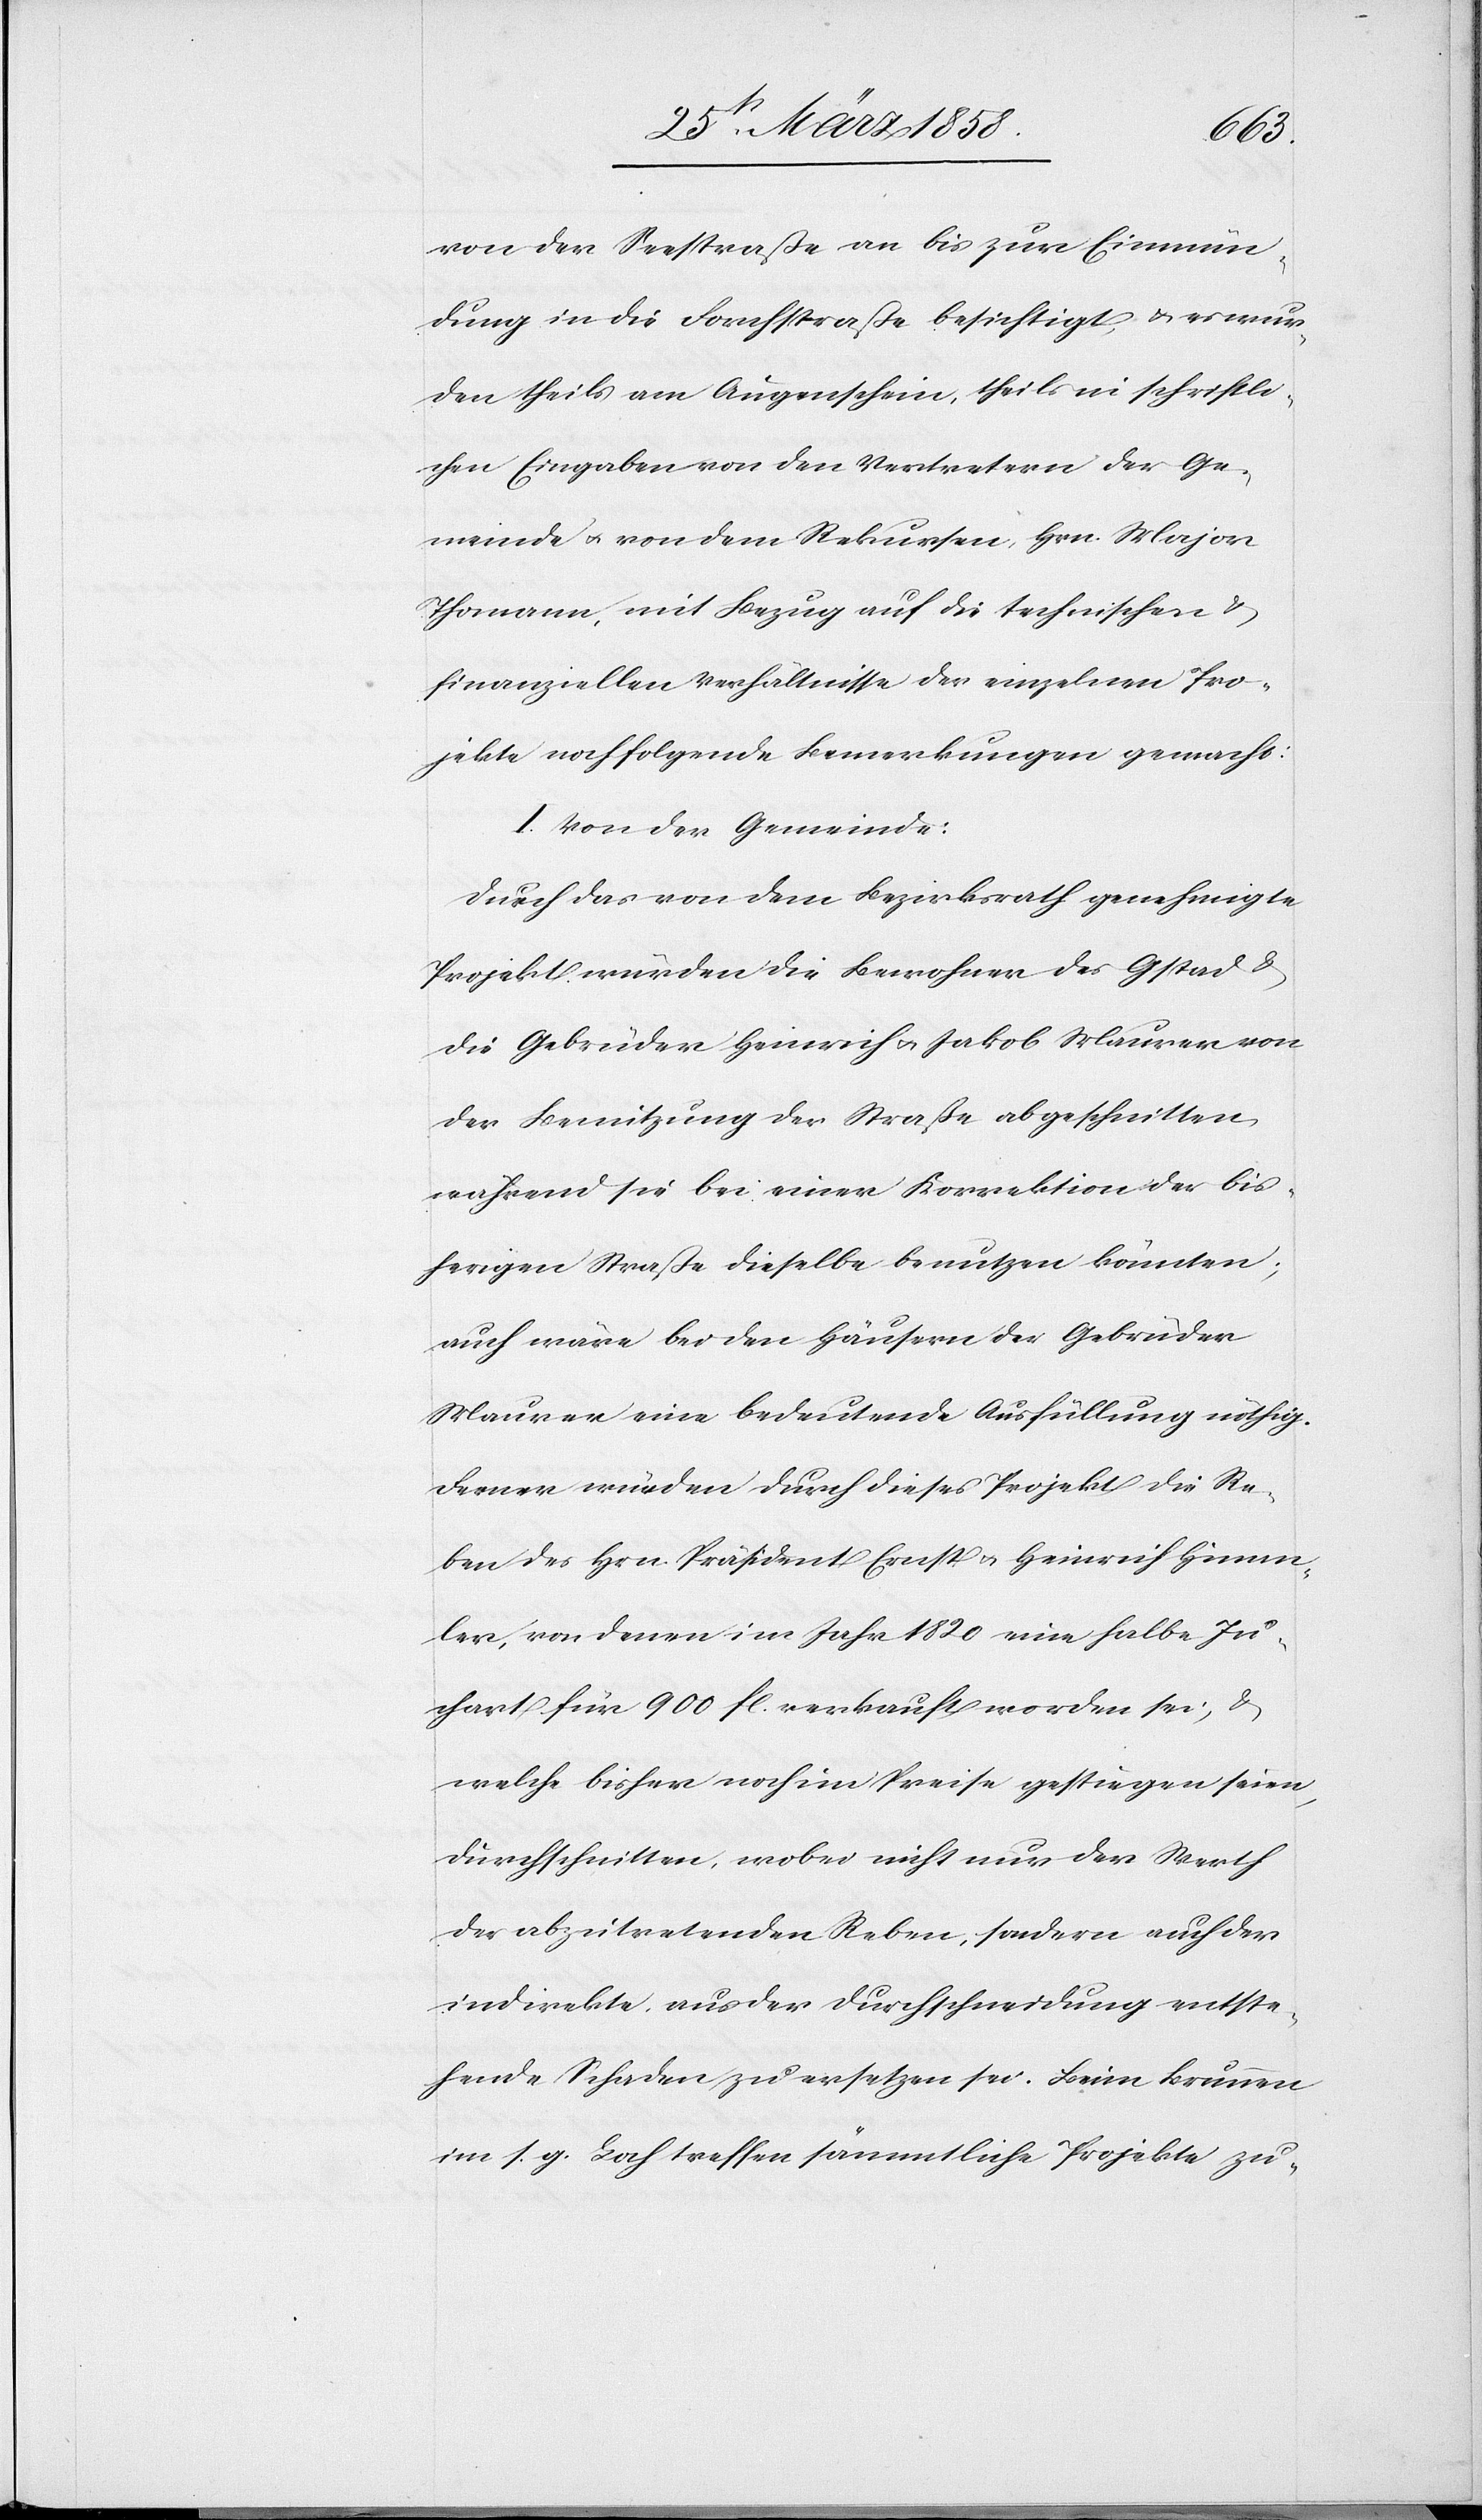
von der Seestraße an bis zur Einmün¬
dung in die Forchstraße besichtigt, u. es wur¬
den theils am Augenschein, theils in schriftli¬
chen Eingaben von den Vertretern der Ge¬
meinde u. von dem Rekursen, Hrn. Major
Thomann, mit Bezug auf die technischen u.
finanziellen Verhältnisse der einzelnen Pro¬
jekte noch folgende Bemerkungen gemacht:
I. Von der Gemeinde:
Durch das von dem Bezirksrath genehmigte
Projekt wurden die Bewohner des Gstad u.
die Gebrüder Heinrich u. Jakob Maurer von
der Benutzung der Straße abgeschnitten,
während sie bei einer Korrektion der bis¬
herigen Straße dieselbe benutzen könnten;
auch wäre bei den Häusern der Gebrüder
Maurer eine bedeutende Ausfüllung nöthig.
Ferner würden durch dieses Projekt die Re¬
ben des Hrn. Präsident Ernst u. Heinrich Himmler
[sic!], von denen im Jahr 1820 eine halbe Ju¬
chart für 900 fl. verkauft worden sei, &
welche bisher noch im Preise gestiegen seien,
durchschnitten, wobei nicht nur der Werth
der abzutretenden Reben, sondern auch der
indirekte aus der Durchschneidung entste¬
hende Schaden zu ersetzen sei. Beim Brunnen
im s. g. Bach treffen sämmtliche Projekte zu-